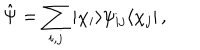
\hat { \Psi } = \sum _ { i , j } | \chi _ { i } \rangle \psi _ { i j } \langle \chi _ { j } | \, ,